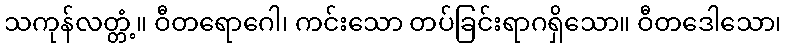
သကုန်လတ္တံ့။ ဝီတရောဂေါ၊ ကင်းသော တပ်ခြင်းရာဂရှိသော။ ဝီတဒေါသော၊